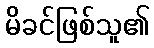
မိခင်ဖြစ်သူ၏